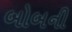
બોબની